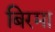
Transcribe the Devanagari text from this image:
बिरमा